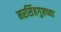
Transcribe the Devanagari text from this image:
नरसिंहगुप्तच्या